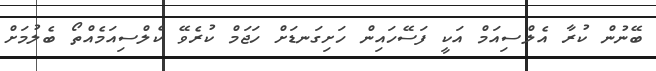
ބޭނުން ކުރާ އެލްސިއަމް އަކީ ފަސޭހައިން ހަށިގަނޑަށް ހަޖަމް ކުރެވޭ ކެލްސިއަމެއްތޯ ބެލުމަށް